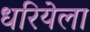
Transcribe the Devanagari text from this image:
धरियेला